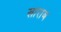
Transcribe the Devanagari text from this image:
खाराब